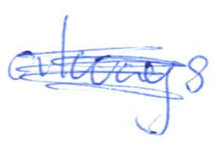
Text: always
Cross-out: scratch
Writing tool: ballpoint